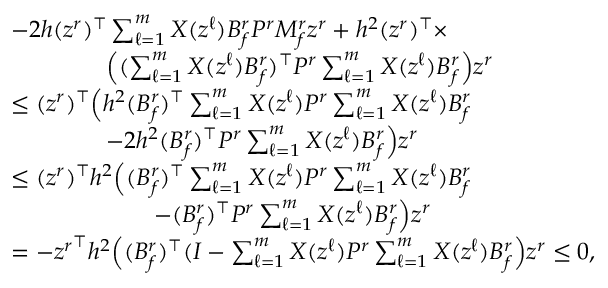
\begin{array} { r l } & { - 2 h ( z ^ { r } ) ^ { \top } \textstyle \sum _ { \ell = 1 } ^ { m } X ( z ^ { \ell } ) B _ { f } ^ { r } P ^ { r } M _ { f } ^ { r } z ^ { r } + h ^ { 2 } ( z ^ { r } ) ^ { \top } \times } \\ & { \qquad \qquad \Big ( ( \textstyle \sum _ { \ell = 1 } ^ { m } X ( z ^ { \ell } ) B _ { f } ^ { r } ) ^ { \top } P ^ { r } \textstyle \sum _ { \ell = 1 } ^ { m } X ( z ^ { \ell } ) B _ { f } ^ { r } \Big ) z ^ { r } } \\ & { \leq ( z ^ { r } ) ^ { \top } \Big ( h ^ { 2 } ( B _ { f } ^ { r } ) ^ { \top } \textstyle \sum _ { \ell = 1 } ^ { m } X ( z ^ { \ell } ) P ^ { r } \textstyle \sum _ { \ell = 1 } ^ { m } X ( z ^ { \ell } ) B _ { f } ^ { r } } \\ & { ~ ~ ~ ~ ~ ~ ~ ~ ~ ~ ~ ~ - 2 h ^ { 2 } ( B _ { f } ^ { r } ) ^ { \top } P ^ { r } \textstyle \sum _ { \ell = 1 } ^ { m } X ( z ^ { \ell } ) B _ { f } ^ { r } \Big ) z ^ { r } } \\ & { \leq ( z ^ { r } ) ^ { \top } h ^ { 2 } \Big ( ( B _ { f } ^ { r } ) ^ { \top } \textstyle \sum _ { \ell = 1 } ^ { m } X ( z ^ { \ell } ) P ^ { r } \textstyle \sum _ { \ell = 1 } ^ { m } X ( z ^ { \ell } ) B _ { f } ^ { r } } \\ & { ~ ~ ~ ~ ~ ~ ~ ~ ~ ~ ~ ~ ~ ~ ~ ~ ~ ~ - ( B _ { f } ^ { r } ) ^ { \top } P ^ { r } \textstyle \sum _ { \ell = 1 } ^ { m } X ( z ^ { \ell } ) B _ { f } ^ { r } \Big ) z ^ { r } } \\ & { = - { z ^ { r } } ^ { \top } h ^ { 2 } \Big ( ( B _ { f } ^ { r } ) ^ { \top } ( I - \textstyle \sum _ { \ell = 1 } ^ { m } X ( z ^ { \ell } ) P ^ { r } \textstyle \sum _ { \ell = 1 } ^ { m } X ( z ^ { \ell } ) B _ { f } ^ { r } \Big ) z ^ { r } \leq 0 , } \end{array}